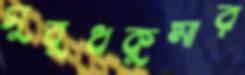
সুবুধকুমার